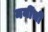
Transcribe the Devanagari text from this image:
मनींची